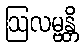
ဩလမ္ဗန္တိ